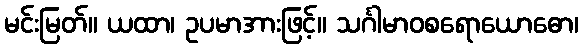
မင်းမြတ်။ ယထာ၊ ဥပမာအားဖြင့်။ သင်္ဂါမာဝစရောယောဓော၊